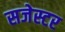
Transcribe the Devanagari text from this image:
सजेस्टर